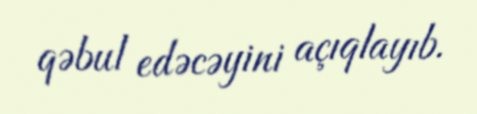
qəbul edəcəyini açıqlayıb.